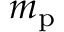
m _ { \mathrm { p } }